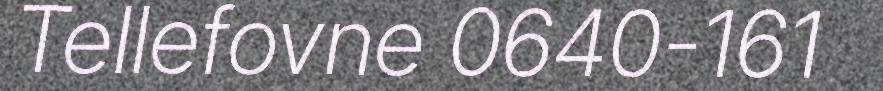
Tellefovne 0640-161